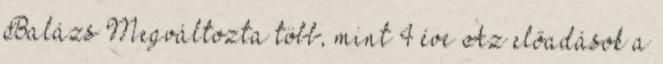
Balázs Megváltozta több, mint 4 éve Az előadások a